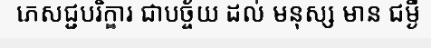
ភេសជ្ជបរិក្ខារ ជាបច្ច័យ ដល់ មនុស្ស មាន ជម្ងឺ